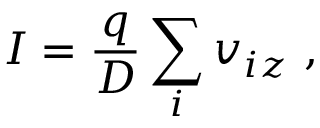
I = \frac { q } { D } \sum _ { i } v _ { i z } \ ,